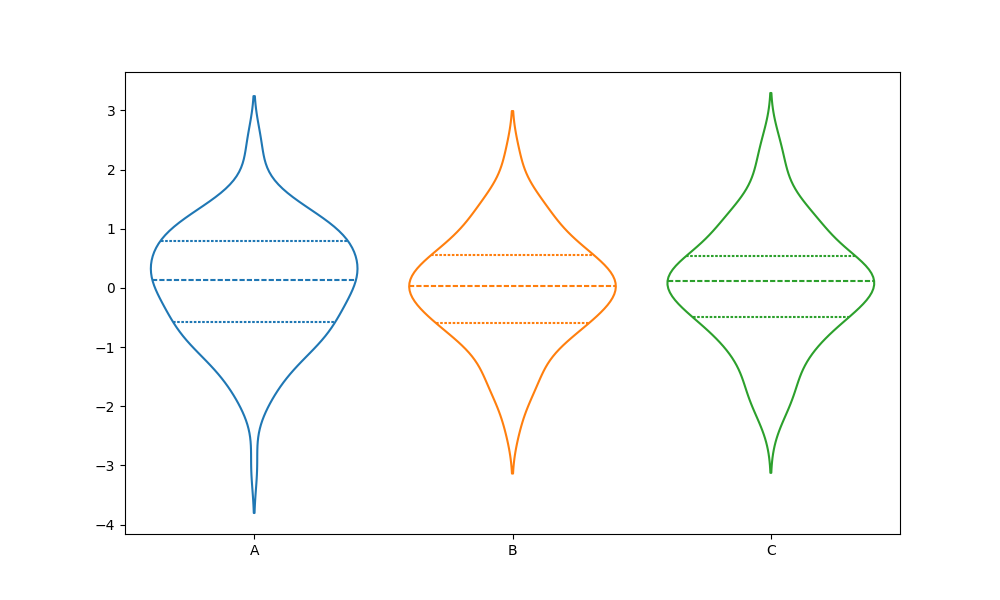
python, seaborn, violinplot, scale='width', split='False', inner='quart', fill='False'